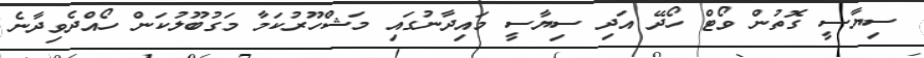
ސިޔާސީ ގޮތުން ވޯޓް ހޯދޭ އަދި ސިޔާސީ މައިދާނުގައި މަޝްހޫރުކަމާ މަގުބޫލުކަން ހޯއްދެވިދާނެ